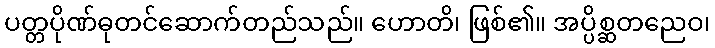
ပတ္တပိုဏ်ဓုတင်ဆောက်တည်သည်။ ဟောတိ၊ ဖြစ်၏။ အပ္ပိစ္ဆတညေဝ၊